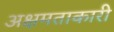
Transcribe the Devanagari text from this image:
अक्षमताकारी